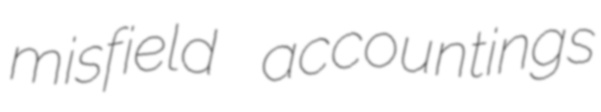
misfield accountings